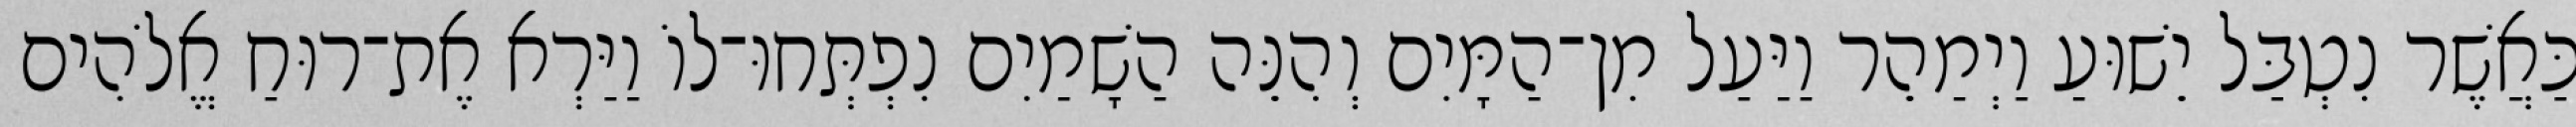
כַּאֲשֶׁר נִטְבַּל יֵשׁוּעַ וַיְמַהֵר וַיַּעַל מִן־הַמָּיִם וְהִנֵּה הַשָׁמַיִם נִפְתְּחוּ־לוֹ וַיַּרְא אֶת־רוּחַ אֱלֹהִים